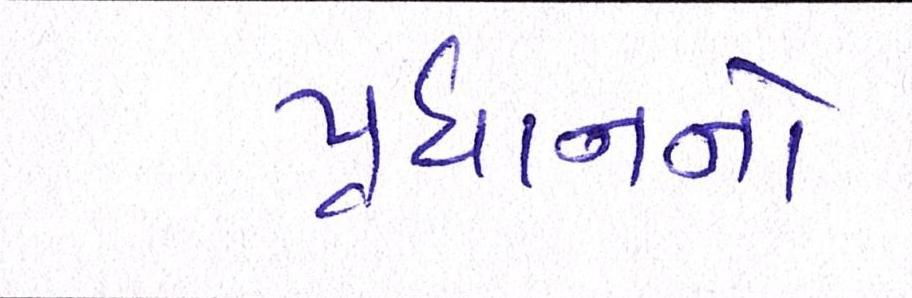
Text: પ્રધાનનો